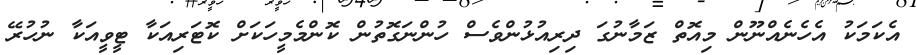
އެކަމަކު އެހެނެއްނޫން މިއޮތް ޒަމާނުގަ ދިރިއުޅުންވެސް ހުންނަގޮތުން ކޮންމެމީހަކަށް ކޮޓަރިއަކާ ޓީވީއަކާ ނުހުރޭ